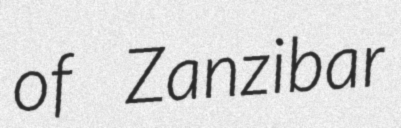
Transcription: of Zanzibar